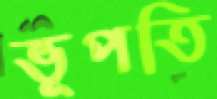
ভূপতি